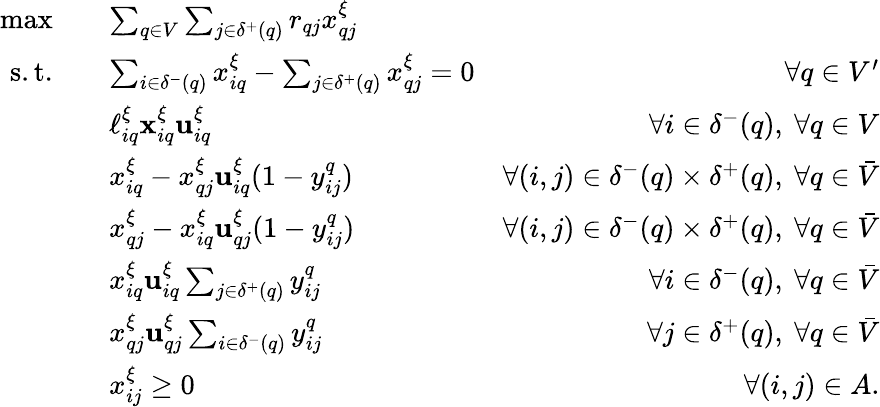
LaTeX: \begin{array}{rlr}{\operatorname*{max}\quad}&{\sum_{q\in V}\sum_{j\in\delta^{+}(q)}r_{qj}x_{qj}^{\xi}}\\ {\mathrm{s.t.}\quad}&{\sum_{i\in\delta^{-}(q)}x_{iq}^{\xi}-\sum_{j\in\delta^{+}(q)}x_{qj}^{\xi}=0}&{\forall q\in V^{\prime}}\\ &{\ell_{iq}^{\xi}\le x_{iq}^{\xi}\le u_{iq}^{\xi}}&{\forall i\in\delta^{-}(q),~\forall q\in V}\\ &{x_{iq}^{\xi}-x_{qj}^{\xi}\le u_{iq}^{\xi}(1-y_{ij}^{q})}&{\forall(i,j)\in\delta^{-}(q)\times\delta^{+}(q),~\forall q\in{\bar{V}}}\\ &{x_{qj}^{\xi}-x_{iq}^{\xi}\le u_{qj}^{\xi}(1-y_{ij}^{q})}&{\forall(i,j)\in\delta^{-}(q)\times\delta^{+}(q),~\forall q\in\bar{V}}\\ &{x_{iq}^{\xi}\le u_{iq}^{\xi}\sum_{j\in\delta^{+}(q)}y_{ij}^{q}}&{\forall i\in\delta^{-}(q),~\forall q\in\bar{V}}\\ &{x_{qj}^{\xi}\le u_{qj}^{\xi}\sum_{i\in\delta^{-}(q)}y_{ij}^{q}}&{\forall j\in\delta^{+}(q),~\forall q\in\bar{V}}\\ &{x_{ij}^{\xi}\geq 0}&{\forall(i,j)\in A.}\end{array}